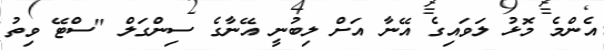
އެންމެ މޮޅު ލަވައިގެ އޭނާ އަށް ލިބުނީ އޭނާގެ ސިންގަލް "ސްޓޭ ވިތު